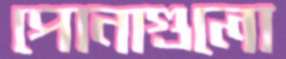
পোনাগুলো